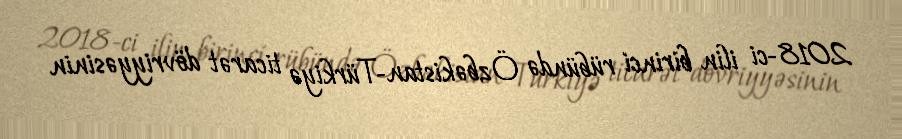
2018-ci ilin birinci rübündə Özbəkistan-Türkiyə ticarət dövriyyəsinin